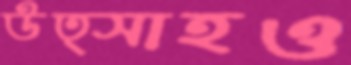
উত্সাহও